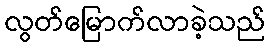
လွတ်မြောက်လာခဲ့သည်